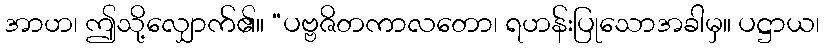
အာဟ၊ ဤသို့လျှောက်၏။ “ပဗ္ဗဇိတကာလတော၊ ရဟန်းပြုသောအခါမှ။ ပဋ္ဌာယ၊